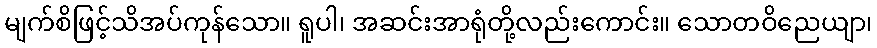
မျက်စိဖြင့်သိအပ်ကုန်သော။ ရူပါ၊ အဆင်းအာရုံတို့လည်းကောင်း။ သောတဝိညေယျာ၊